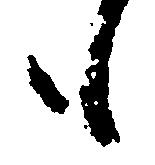
も